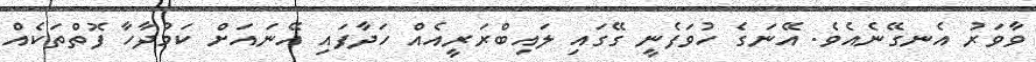
ވާވަރު އެނގޭނެއެވެ. އޭނަގެ ހުވަފެނީ ގޭގައި ލައިބްރަރީއެއް ހަދާފައި އޭނައަށް ކަމުދާހާ ފޮތްތަކެއް